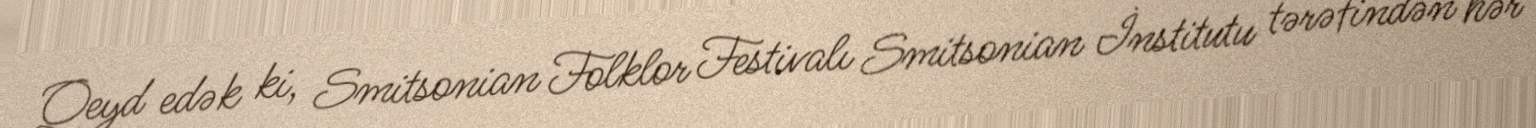
Qeyd edək ki, Smitsonian Folklor Festivalı Smitsonian İnstitutu tərəfindən hər